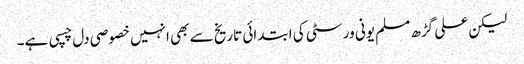
لیکن علی گڑھ مسلم یونی ورسٹی کی ابتدائی تاریخ سے بھی انہیں خصوصی دل چسپی ہے۔